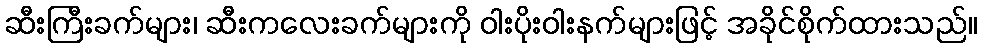
ဆီးကြီးခက်များ၊ ဆီးကလေးခက်များကို ဝါးပိုးဝါးနက်များဖြင့် အခိုင်စိုက်ထားသည်။